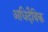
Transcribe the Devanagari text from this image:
अधिदैविक